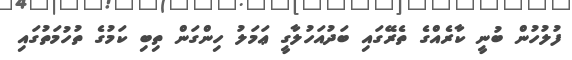
ފުލުހުން ބުނީ ކާރެއްގެ ތެރޭގައި ބަދުއަހުލާގީ ޢަމަލު ހިންގަން ތިބި ކަމުގެ ތުހުމަތުގައި